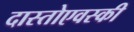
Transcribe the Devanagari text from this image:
दास्तोएवस्की